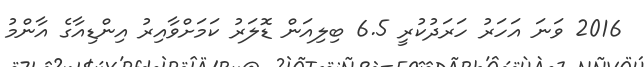
2016 ވަނަ އަހަރު ހަރަދުކުރީ 6.5 ބިލިއަން ޑޮލަރު ކަމަށްވާއިރު އިންޑިއާގެ އާންމު